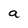
Character: a